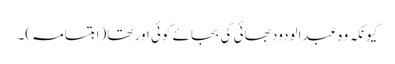
کیونکہ وہ عبدالودود بھائی کی بجائے کوئی اور تھا(ابتسامہ)۔